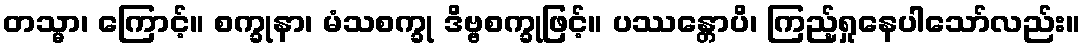
တသ္မာ၊ ကြောင့်။ စက္ခုနာ၊ မံသစက္ခု ဒိဗ္ဗစက္ခုဖြင့်။ ပဿန္တောပိ၊ ကြည့်ရှုနေပါသော်လည်း။